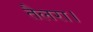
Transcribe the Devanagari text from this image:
तैलरा।